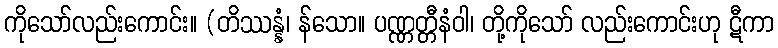
ကိုသော်လည်းကောင်း။ (တိဿန္နံ၊ န်သော။ ပဏ္ဏတ္တီနံဝါ၊ တို့ကိုသော် လည်းကောင်းဟု ဋီကာ